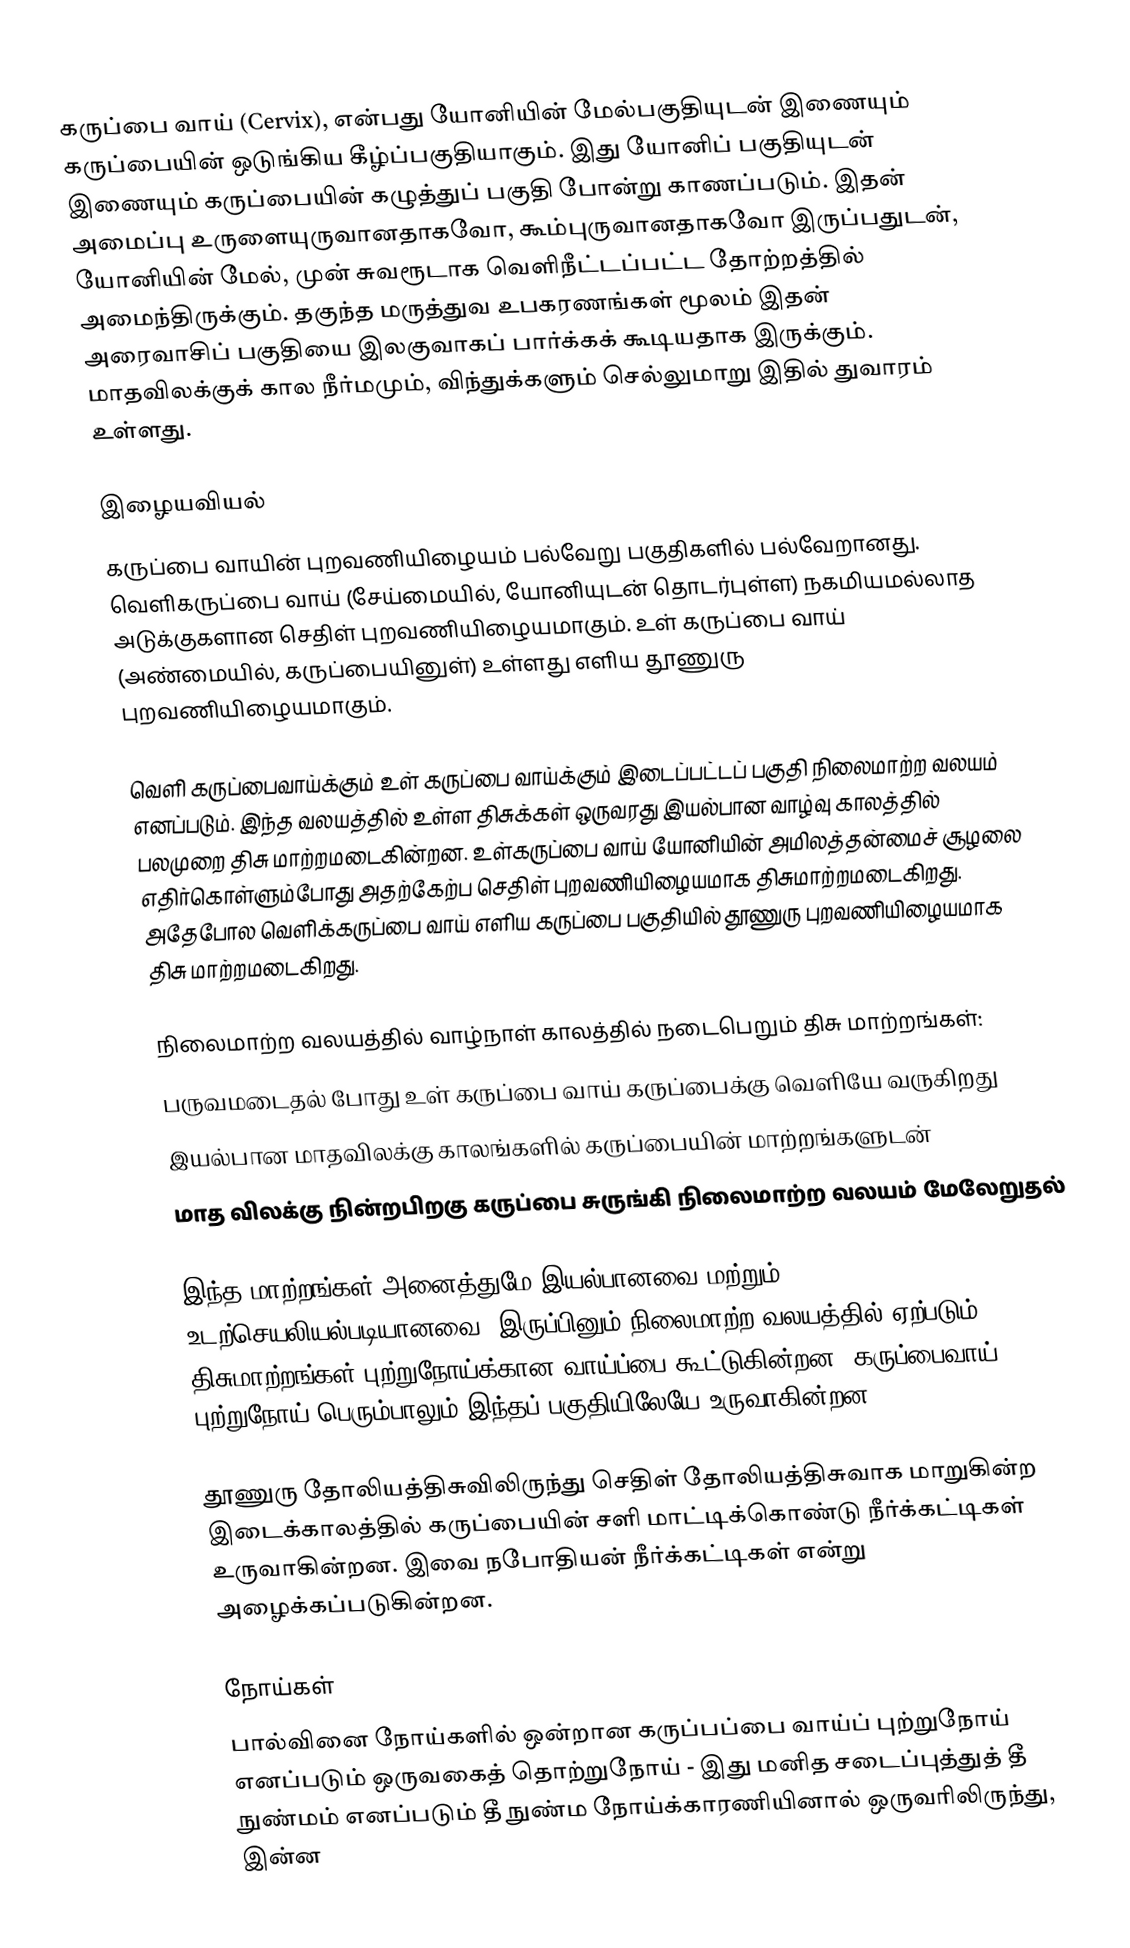
கருப்பை வாய் (Cervix), என்பது யோனியின் மேல்பகுதியுடன் இணையும் கருப்பையின் ஒடுங்கிய கீழ்ப்பகுதியாகும். இது யோனிப் பகுதியுடன் இணையும் கருப்பையின் கழுத்துப் பகுதி போன்று காணப்படும். இதன் அமைப்பு உருளையுருவானதாகவோ, கூம்புருவானதாகவோ இருப்பதுடன், யோனியின் மேல், முன் சுவரூடாக வெளிநீட்டப்பட்ட தோற்றத்தில் அமைந்திருக்கும். தகுந்த மருத்துவ உபகரணங்கள் மூலம் இதன் அரைவாசிப் பகுதியை இலகுவாகப் பார்க்கக் கூடியதாக இருக்கும். மாதவிலக்குக் கால நீர்மமும், விந்துக்களும் செல்லுமாறு இதில் துவாரம் உள்ளது.

இழையவியல்
கருப்பை வாயின்  புறவணியிழையம் பல்வேறு பகுதிகளில் பல்வேறானது.   வெளிகருப்பை வாய் (சேய்மையில், யோனியுடன் தொடர்புள்ள) நகமியமல்லாத அடுக்குகளான செதிள் புறவணியிழையமாகும். உள் கருப்பை வாய் (அண்மையில், கருப்பையினுள்)  உள்ளது எளிய தூணுரு புறவணியிழையமாகும்.

வெளி கருப்பைவாய்க்கும் உள் கருப்பை வாய்க்கும் இடைப்பட்டப் பகுதி நிலைமாற்ற வலயம் எனப்படும். இந்த வலயத்தில் உள்ள திசுக்கள் ஒருவரது இயல்பான வாழ்வு காலத்தில் பலமுறை திசு மாற்றமடைகின்றன. உள்கருப்பை வாய் யோனியின் அமிலத்தன்மைச் சூழலை எதிர்கொள்ளும்போது அதற்கேற்ப  செதிள் புறவணியிழையமாக திசுமாற்றமடைகிறது.  அதேபோல வெளிக்கருப்பை வாய் எளிய கருப்பை பகுதியில் தூணுரு புறவணியிழையமாக திசு மாற்றமடைகிறது.

நிலைமாற்ற வலயத்தில் வாழ்நாள் காலத்தில் நடைபெறும் திசு மாற்றங்கள்:
 பருவமடைதல் போது உள் கருப்பை வாய் கருப்பைக்கு வெளியே வருகிறது
 இயல்பான மாதவிலக்கு காலங்களில் கருப்பையின் மாற்றங்களுடன்
 மாத விலக்கு நின்றபிறகு கருப்பை சுருங்கி நிலைமாற்ற வலயம் மேலேறுதல்

இந்த மாற்றங்கள் அனைத்துமே இயல்பானவை மற்றும் உடற்செயலியல்படியானவை.  இருப்பினும் நிலைமாற்ற வலயத்தில் ஏற்படும் திசுமாற்றங்கள் புற்றுநோய்க்கான வாய்ப்பை கூட்டுகின்றன. கருப்பைவாய் புற்றுநோய் பெரும்பாலும் இந்தப் பகுதியிலேயே உருவாகின்றன.

தூணுரு தோலியத்திசுவிலிருந்து செதிள் தோலியத்திசுவாக மாறுகின்ற இடைக்காலத்தில் கருப்பையின் சளி  மாட்டிக்கொண்டு நீர்க்கட்டிகள் உருவாகின்றன. இவை நபோதியன் நீர்க்கட்டிகள் என்று அழைக்கப்படுகின்றன.

நோய்கள்
 பால்வினை நோய்களில் ஒன்றான கருப்பப்பை வாய்ப் புற்றுநோய் எனப்படும் ஒருவகைத் தொற்றுநோய் - இது மனித சடைப்புத்துத் தீ நுண்மம் எனப்படும் தீ நுண்ம நோய்க்காரணியினால் ஒருவரிலிருந்து, இன்ன